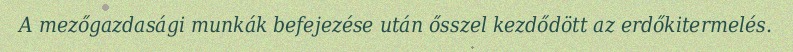
A mezőgazdasági munkák befejezése után ősszel kezdődött az erdőkitermelés.